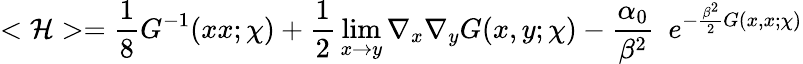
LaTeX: <{\cal{H}}>={\frac{1}{8}}G^{-1}(xx;\chi)+{\frac{1}{2}}\operatorname*{lim}_{x\rightarrow y}\nabla_{x}\nabla_{y}G(x,y;\chi)-{\frac{\alpha_{0}}{\beta^{2}}}~~e^{-{\frac{\beta^{2}}{2}}G(x,x;\chi)}